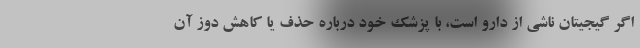
اگر گیجیتان ناشی از دارو است، با پزشک خود درباره حذف یا کاهش دوز آن